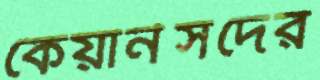
কেয়ার্নসদের